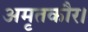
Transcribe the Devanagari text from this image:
अमृतकौर।